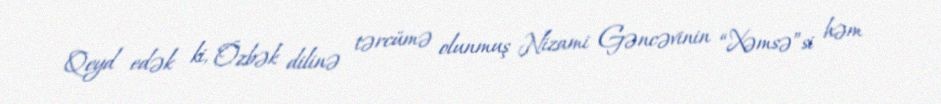
Qeyd edək ki, Özbək dilinə tərcümə olunmuş Nizami Gəncəvinin “Xəmsə”si həm